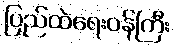
ပြည်ထဲရေးဝန်ကြီး